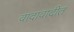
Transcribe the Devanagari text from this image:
वादावादीत